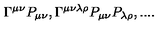
\Gamma ^ { \mu \nu } P _ { \mu \nu } , \Gamma ^ { \mu \nu \lambda \rho } P _ { \mu \nu } P _ { \lambda \rho } , . . . .